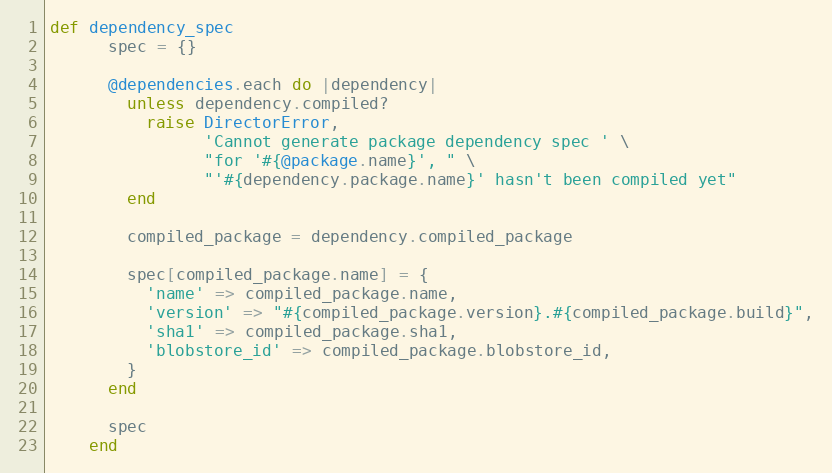
Language: Ruby
def dependency_spec
      spec = {}

      @dependencies.each do |dependency|
        unless dependency.compiled?
          raise DirectorError,
                'Cannot generate package dependency spec ' \
                "for '#{@package.name}', " \
                "'#{dependency.package.name}' hasn't been compiled yet"
        end

        compiled_package = dependency.compiled_package

        spec[compiled_package.name] = {
          'name' => compiled_package.name,
          'version' => "#{compiled_package.version}.#{compiled_package.build}",
          'sha1' => compiled_package.sha1,
          'blobstore_id' => compiled_package.blobstore_id,
        }
      end

      spec
    end